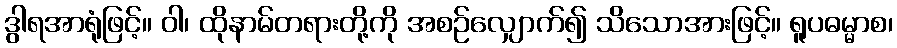
ဒွါရအာရုံဖြင့်။ ဝါ၊ ထိုနာမ်တရားတို့ကို အစဉ်လျှောက်၍ သိသောအားဖြင့်။ ရူပဓမ္မာစ၊